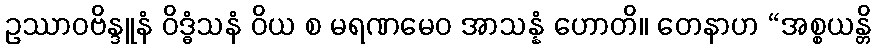
ဥဿာဝဗိန္ဒူနံ ဝိဒ္ဓံသနံ ဝိယ စ မရဏမေဝ အာသန္နံ ဟောတိ။ တေနာဟ “အစ္စယန္တိ